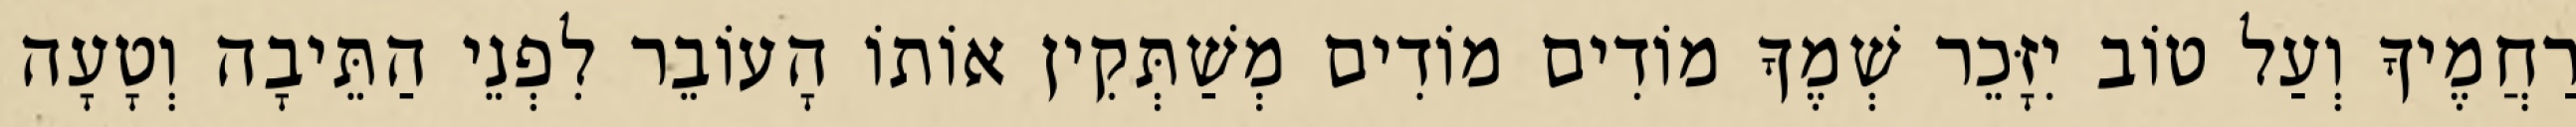
רַחֲמֶיךָ וְעַל טוֹב יִזָּכֵר שְׁמֶךָ מוֹדִים מוֹדִים מְשַׁתְּקִין אוֹתוֹ הָעוֹבֵר לִפְנֵי הַתֵּיבָה וְטָעָה